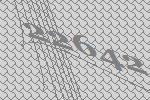
22642